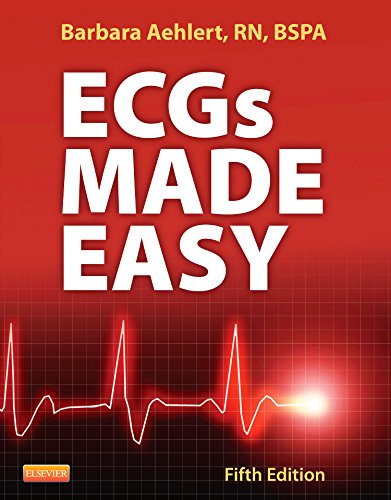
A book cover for Ecgs Made Easy; Barbara Aehlert; Medical Books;